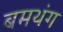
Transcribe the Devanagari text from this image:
बमथंग